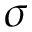
\sigma